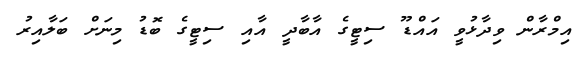
އިމްރާން ވިދާޅުވީ އައްޑޫ ސިޓީގެ އާބާދީ އާއި ސިޓީގެ ބޮޑު މިނަށް ބަލާއިރު